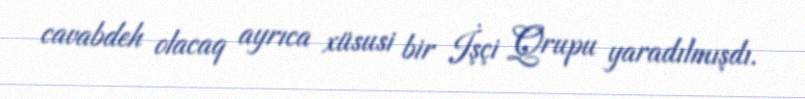
cavabdeh olacaq ayrıca xüsusi bir İşçi Qrupu yaradılmışdı.